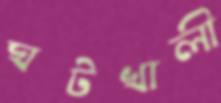
ঘটখালী